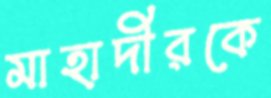
মাহাদীরকে